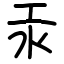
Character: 汞